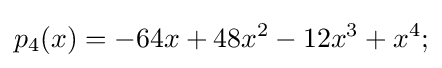
p_{4}(x)=-64x+48x^{2}-12x^{3}+x^{4};